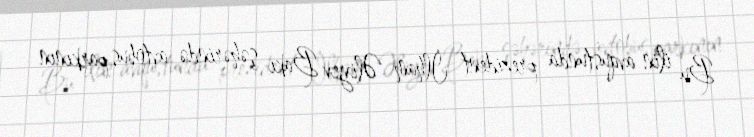
Bu ilin avqustunda prezident İlham Əliyev Bakı şəhərində avtobus parkının